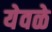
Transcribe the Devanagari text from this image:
येवळे